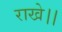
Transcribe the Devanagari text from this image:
राखे।।